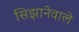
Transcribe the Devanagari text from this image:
सिझानेवाले